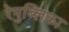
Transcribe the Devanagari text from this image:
रेपुब्लिका